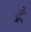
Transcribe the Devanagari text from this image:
शुरेु